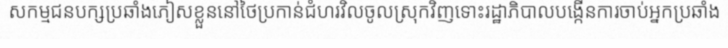
សកម្មជនបក្សប្រឆាំងភៀសខ្លួននៅថៃប្រកាន់ជំហរវិលចូលស្រុកវិញទោះរដ្ឋាភិបាលបង្កើនការចាប់អ្នកប្រឆាំង